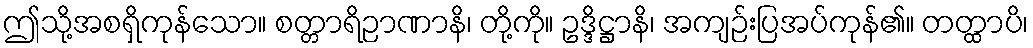
ဤသို့အစရှိကုန်သော။ စတ္တာရိဉာဏာနိ၊ တို့ကို။ ဥဒ္ဒိဋ္ဌာနိ၊ အကျဉ်းပြအပ်ကုန်၏။ တတ္ထာပိ၊